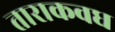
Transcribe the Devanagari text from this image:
ताराकवध